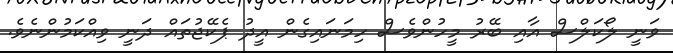
ވަނީ ލޯކަލްސް އާއި ބޭރު މީހުންވެސް ހިމަނައިގެން އީދު ޕެކޭޖުތައް ދަނީ ވިއްކަމުންނެވެ.